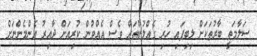
ސަލާމަތީ ބާރުތަކަށް ލިބިފައި ހުރި ގެއްލުންތައް ވެސް އެއްވުން ކުރިއަށް ދާއިރު އެންމެންނަށް